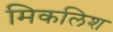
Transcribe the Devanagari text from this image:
मिकलिश